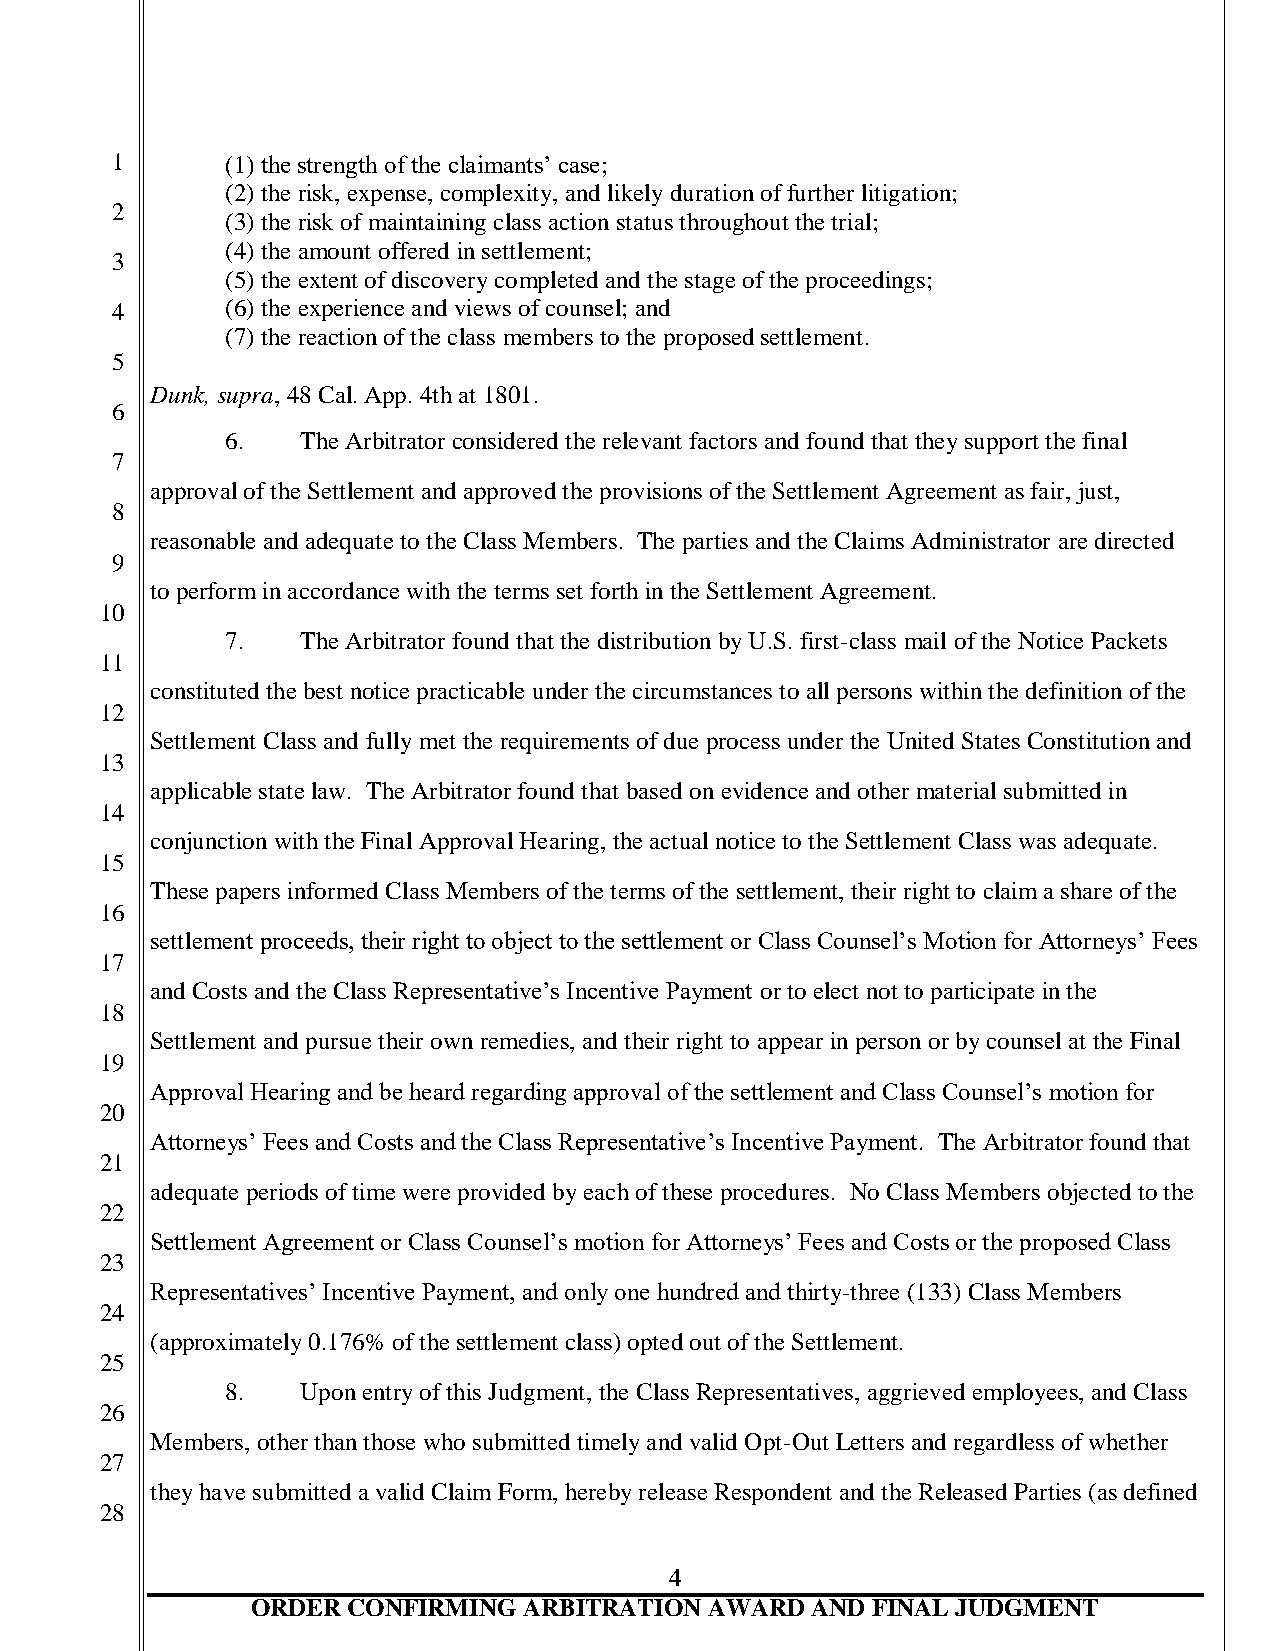
1       (1) the strength of the claimants’ case;
 (2) the risk, expense, complexity, and likely duration of further litigation;
 2
 (3) the risk of maintaining class action status throughout the trial;
 (4) the amount offered in settlement;
 3
 (5) the extent of discovery completed and the stage of the proceedings;
 4       (6) the experience and views of counsel; and
 (7) the reaction of the class members to the proposed settlement.
 5
 Dunk, supra, 48 Cal. App. 4th at 1801.
 6
 6.   The Arbitrator considered the relevant factors and found that they support the final
 7
 approval of the Settlement and approved the provisions of the Settlement Agreement as fair, just,
 8
 reasonable and adequate to the Class Members. The parties and the Claims Administrator are directed
 9
 to perform in accordance with the terms set forth in the Settlement Agreement.
 10
 7.   The Arbitrator found that the distribution by U.S. first-class mail of the Notice Packets
 11
 constituted the best notice practicable under the circumstances to all persons within the definition of the
 12
 Settlement Class and fully met the requirements of due process under the United States Constitution and
 13
 applicable state law. The Arbitrator found that based on evidence and other material submitted in
 14
 conjunction with the Final Approval Hearing, the actual notice to the Settlement Class was adequate.
 15
 These papers informed Class Members of the terms of the settlement, their right to claim a share of the
 16
 settlement proceeds, their right to object to the settlement or Class Counsel’s Motion for Attorneys’ Fees
 17
 and Costs and the Class Representative’s Incentive Payment or to elect not to participate in the
 18
 Settlement and pursue their own remedies, and their right to appear in person or by counsel at the Final
 19
 Approval Hearing and be heard regarding approval of the settlement and Class Counsel’s motion for
 20
 Attorneys’ Fees and Costs and the Class Representative’s Incentive Payment. The Arbitrator found that
 21
 adequate periods of time were provided by each of these procedures. No Class Members objected to the
 22
 Settlement Agreement or Class Counsel’s motion for Attorneys’ Fees and Costs or the proposed Class
 23
 Representatives’ Incentive Payment, and only one hundred and thirty-three (133) Class Members
 24
 (approximately 0.176% of the settlement class) opted out of the Settlement.
 25
 8.   Upon entry of this Judgment, the Class Representatives, aggrieved employees, and Class
 26
 Members, other than those who submitted timely and valid Opt-Out Letters and regardless of whether
 27
 they have submitted a valid Claim Form, hereby release Respondent and the Released Parties (as defined
 28
 4
 ORDER CONFIRMING  ARBITRATION AWARD  AND FINAL JUDGMENT